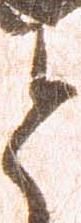
と